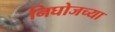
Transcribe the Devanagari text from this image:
निघोजच्या